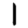
Digit: 1